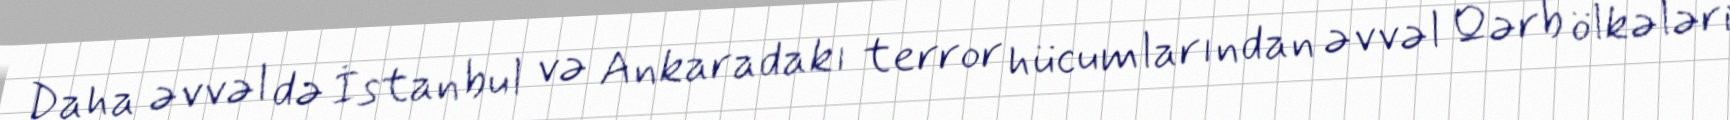
Daha əvvəl də İstanbul və Ankaradakı terror hücumlarından əvvəl Qərb ölkələri